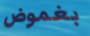
بغموض